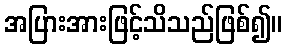
အပြားအားဖြင့်သိသည်ဖြစ်၍။